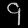
Digit: ၄